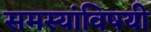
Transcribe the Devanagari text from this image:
समस्यांविषयी